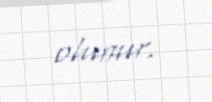
olunur.